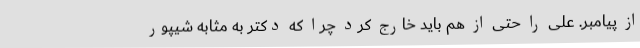
از پیامبر. علی را حتی از هم باید خارج کرد چرا که دکتر به مثابه شیپور